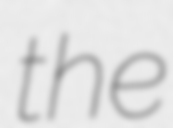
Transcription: the